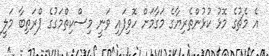
އެ މެޗުގެ މޮޅު ކުޅުންތެރިޔާގެ މަގާމަށް ހޮވިފައި ވަނީ މިސްކިތްމަގުގެ ޕްރަތިބާ މަލީ